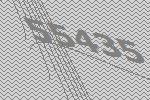
55435